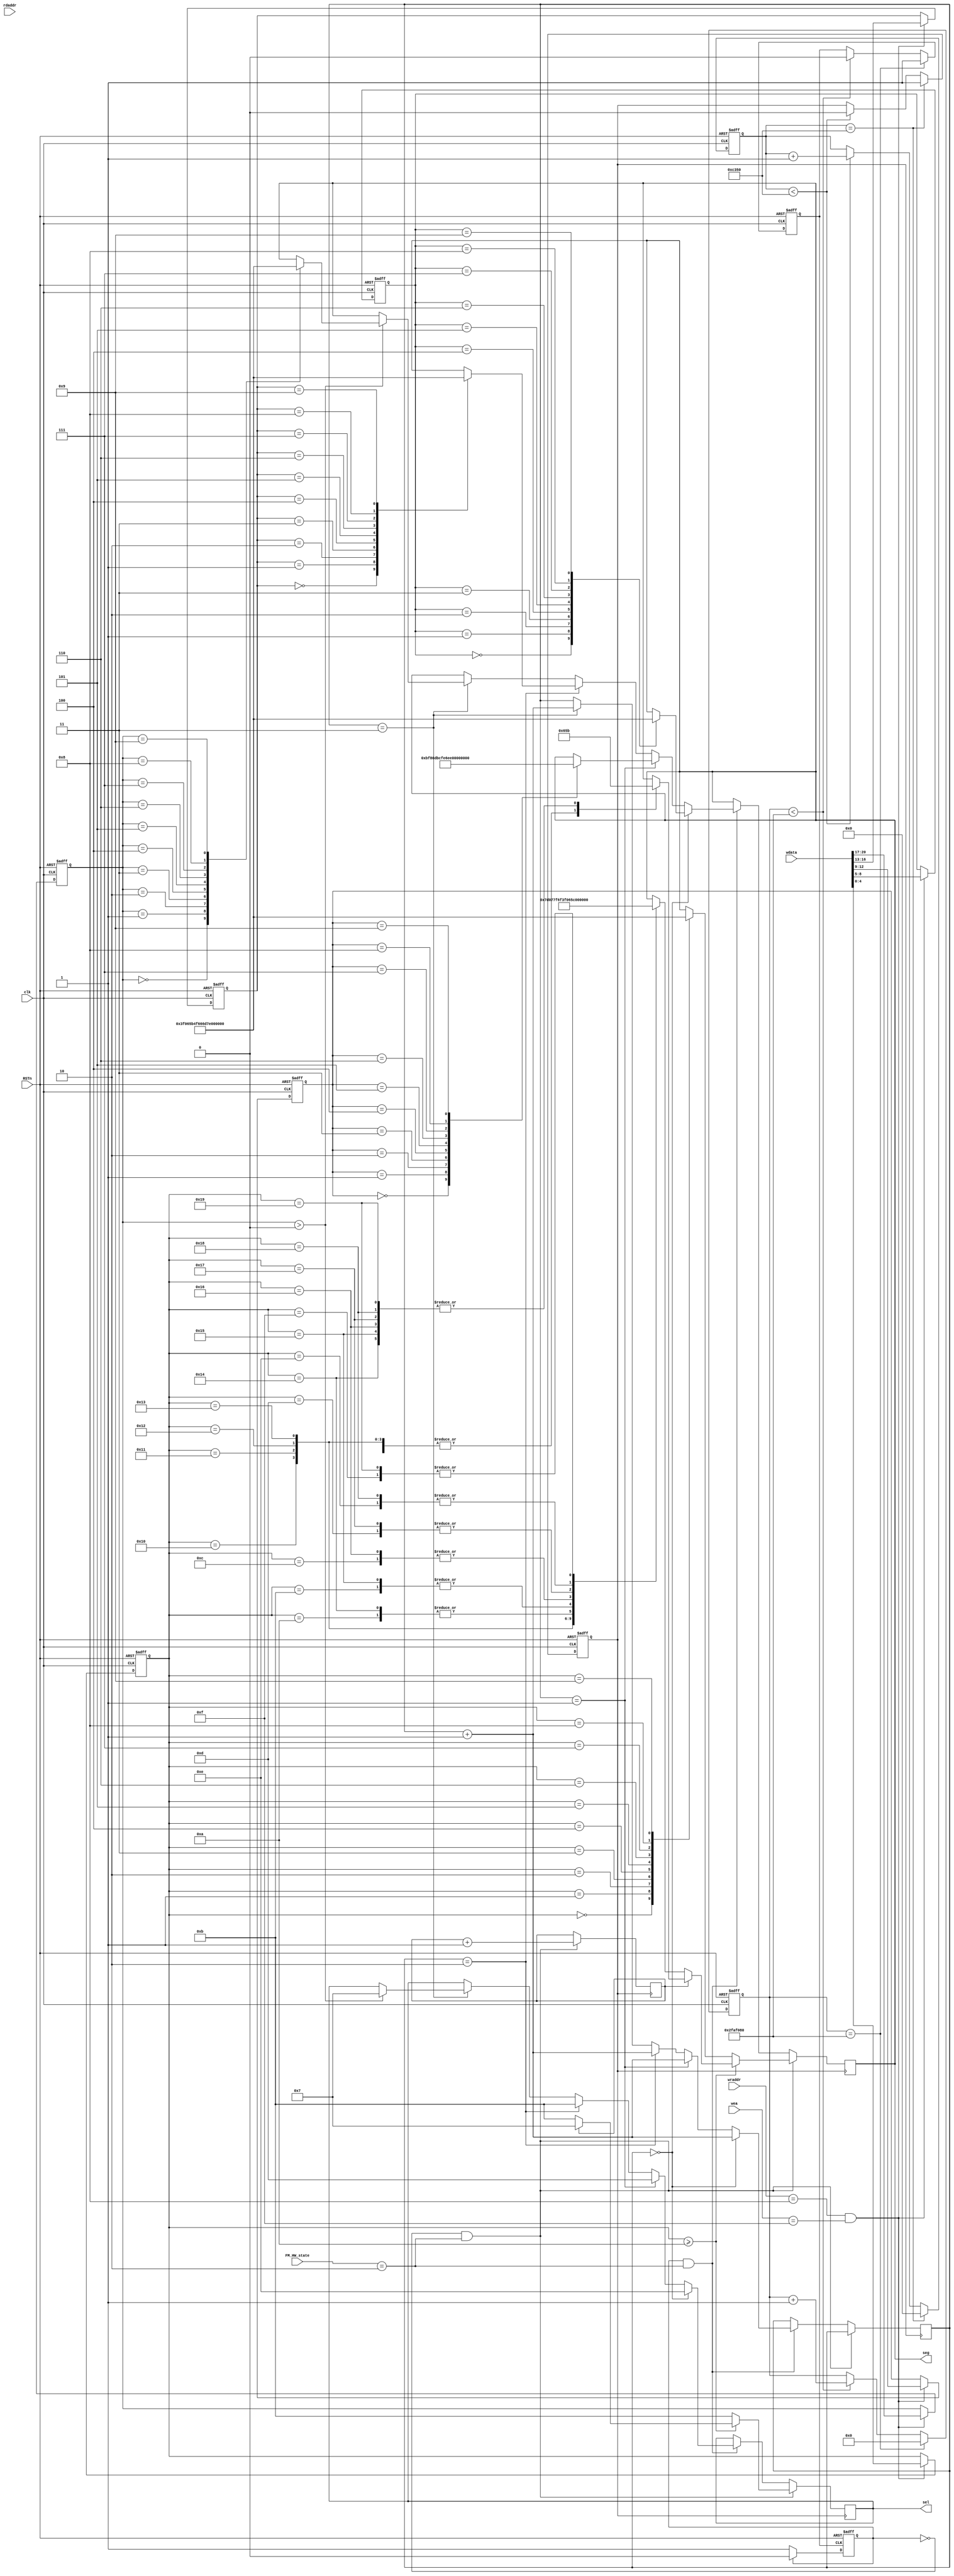
`timescale 1 ns/ 1 ps

module FM_Display#(
    parameter FM_ADDR_WIDTH = 6
  )(
    input clk,
    input RSTn,
    input [FM_ADDR_WIDTH-1:0] wraddr,
    input [FM_ADDR_WIDTH-1:0] rdaddr,
    input [31:0] wdata,
    input [3:0] wea,
    input [3:0] FM_HW_state,
    output reg [7:0] seg,
    output reg [3:0] sel
  );



  reg [25:0] conter;
  reg clk_1Hz;
  reg [4:0] channel_NO=4'b0;
  reg [3:0] frac_digit=4'b0;
  reg [3:0] single_digit=4'b0;
  reg [3:0] percentage_digit=4'b0;
  reg [3:0] thousand_digit=4'b0;
  localparam FM_HW_STATE_RCEV = 4'b0010;

  //get the display data
  always@(posedge clk or negedge RSTn )
  begin
    if (!RSTn)
    begin
      channel_NO<=4'b0;
      frac_digit<=4'b0;
      single_digit<=4'b0;
      percentage_digit<=4'b0;
      thousand_digit<=4'b0;
    end
    else if((wraddr==15'h008)&&(wea==4'hf))
    begin
      channel_NO<=wdata[4:0];
      frac_digit<=wdata[8:5];
      single_digit<=wdata[12:9];
      percentage_digit<=wdata[16:13];
      thousand_digit<=wdata[20:17];
    end
  end

  //generate a 1HZ clk
  always@(posedge clk or negedge RSTn )
  begin
    if (!RSTn)
    begin
      conter <=26'b0;
      clk_1Hz  <=1'b0;
    end
    else if (conter==26'h2faf080)
    begin
      //      else if(conter==26'h3f) begin
      clk_1Hz <=1'b1;
      conter <=26'b0;
    end
    else if(conter < 26'h2faf080)
    begin
      //      else if(conter < 26'h3f) begin
      conter <=conter+1'b1;
      clk_1Hz <= 1'b0;
    end
  end

  reg [15:0] counter_1Khz;
  reg clk_1KHz;
  //generate a 1KHZ clk
  always@(posedge clk or negedge RSTn )
  begin
    if (!RSTn)
    begin
      counter_1Khz <=16'b0;
      clk_1KHz  <=1'b0;
    end
    else if (counter_1Khz==16'hc350)
    begin
      //      else if(counter_1Khz==16'h0f) begin
      clk_1KHz <=1'b1;
      counter_1Khz <=16'b0;
    end
    else if(counter_1Khz < 16'hc350)
    begin
      //      else if(counter_1Khz < 16'h0f) begin
      counter_1Khz <=counter_1Khz+1'b1;
      clk_1KHz <= 1'b0;
    end
  end



  reg ChannelNO_or_FREQ;

  always@(posedge clk_1Hz or negedge RSTn )
  begin
    if (!RSTn)
      ChannelNO_or_FREQ <= 1'b0;
    else if (ChannelNO_or_FREQ == 1'b1)
      ChannelNO_or_FREQ <= 1'b0;
    else
      ChannelNO_or_FREQ <= 3'b1;
  end

  reg ctrl_channel_NO = 1'b0;
  reg [1:0] ctrl_freq = 2'b0;

  always@(posedge clk_1KHz)
  begin
    if ((ChannelNO_or_FREQ==1'b0)&&(FM_HW_state==FM_HW_STATE_RCEV))
    begin  // display channel no
      if (channel_NO>=5'ha)
      begin
        if(ctrl_channel_NO==1'b0)
        begin
          sel <= 4'b1011;
          case(channel_NO)
            5'ha :
              seg <= 8'h3f;
            5'hb :
              seg <= 8'h06;
            5'hc :
              seg <= 8'h5b;
            5'hd :
              seg <= 8'h4f;
            5'he :
              seg <= 8'h66;
            5'hf :
              seg <= 8'h6d;
            5'h10 :
              seg <= 8'h7d;
            5'h11 :
              seg <= 8'h07;
            5'h12 :
              seg <= 8'h7f;
            5'h13 :
              seg <= 8'h6f;

            5'h14 :
              seg <= 8'h3f;
            5'h15 :
              seg <= 8'h06;
            5'h16 :
              seg <= 8'h5b;
            5'h17 :
              seg <= 8'h4f;
            5'h18 :
              seg <= 8'h66;
            5'h19 :
              seg <= 8'h6d;
          endcase
          ctrl_channel_NO<=ctrl_channel_NO+1'b1;
        end
        else
        begin
          sel <= 4'b0111;

          case(channel_NO)
            5'ha :
              seg <= 8'h06;
            5'hb :
              seg <= 8'h06;
            5'hc :
              seg <= 8'h06;
            5'hd :
              seg <= 8'h06;
            5'he :
              seg <= 8'h06;
            5'hf :
              seg <= 8'h06;
            5'h10 :
              seg <= 8'h06;
            5'h11 :
              seg <= 8'h06;
            5'h12 :
              seg <= 8'h06;
            5'h13 :
              seg <= 8'h06;

            5'h14 :
              seg <= 8'h5b;
            5'h15 :
              seg <= 8'h5b;
            5'h16 :
              seg <= 8'h5b;
            5'h17 :
              seg <= 8'h5b;
            5'h18 :
              seg <= 8'h5b;
            5'h19 :
              seg <= 8'h5b;
          endcase
          ctrl_channel_NO<=ctrl_channel_NO+1'b1;
        end
      end
      else
      begin
        sel <= 4'b1011;
        case(channel_NO)
          5'h0 :
            seg <= 8'h3f;
          5'h1 :
            seg <= 8'h06;
          5'h2 :
            seg <= 8'h5b;
          5'h3 :
            seg <= 8'h4f;
          5'h4 :
            seg <= 8'h66;
          5'h5 :
            seg <= 8'h6d;
          5'h6 :
            seg <= 8'h7d;
          5'h7 :
            seg <= 8'h07;
          5'h8 :
            seg <= 8'h7f;
          5'h9 :
            seg <= 8'h6f;
        endcase
        ctrl_channel_NO<=ctrl_channel_NO+1'b1;
      end
    end
    else if ((ChannelNO_or_FREQ==1'b1)&&(FM_HW_state==FM_HW_STATE_RCEV))
    begin // display freq
      if(ctrl_freq==2'b00)
      begin  //display frac digital number
        sel <= 4'b1110;
        case(frac_digit)
          4'h0 :
            seg <= 8'h3f;
          4'h1 :
            seg <= 8'h06;
          4'h2 :
            seg <= 8'h5b;
          4'h3 :
            seg <= 8'h4f;
          4'h4 :
            seg <= 8'h66;
          4'h5 :
            seg <= 8'h6d;
          4'h6 :
            seg <= 8'h7d;
          4'h7 :
            seg <= 8'h07;
          4'h8 :
            seg <= 8'h7f;
          4'h9 :
            seg <= 8'h6f;
        endcase
        ctrl_freq<=ctrl_freq+1'b1;
      end
      else if(ctrl_freq==2'b01)
      begin  //dispplay single digital number
        sel <= 4'b1101;
        case(single_digit)
          4'h0 :
            seg <= (8'h3f+8'h80);
          4'h1 :
            seg <= (8'h06+8'h80);
          4'h2 :
            seg <= (8'h5b+8'h80);
          4'h3 :
            seg <= (8'h4f+8'h80);
          4'h4 :
            seg <= (8'h66+8'h80);
          4'h5 :
            seg <= (8'h6d+8'h80);
          4'h6 :
            seg <= (8'h7d+8'h80);
          4'h7 :
            seg <= (8'h07+8'h80);
          4'h8 :
            seg <= (8'h7f+8'h80);
          4'h9 :
            seg <= (8'h6f+8'h80);
        endcase
        ctrl_freq<=ctrl_freq+1'b1;
      end
      else if(ctrl_freq==2'b10)
      begin  //dispplay percentage digital number
        sel <= 4'b1011;
        case(percentage_digit)
          4'h0 :
            seg <= 8'h3f;
          4'h1 :
            seg <= 8'h06;
          4'h2 :
            seg <= 8'h5b;
          4'h3 :
            seg <= 8'h4f;
          4'h4 :
            seg <= 8'h66;
          4'h5 :
            seg <= 8'h6d;
          4'h6 :
            seg <= 8'h7d;
          4'h7 :
            seg <= 8'h07;
          4'h8 :
            seg <= 8'h7f;
          4'h9 :
            seg <= 8'h6f;
        endcase
        ctrl_freq<=ctrl_freq+1'b1;
      end
      else if(ctrl_freq==2'b11)
      begin  //dispplay thousanddigital number
        if(thousand_digit>4'b0)
        begin
          sel <= 4'b0111;
          case(thousand_digit)
            4'h0 :
              seg <= 8'h3f;
            4'h1 :
              seg <= 8'h06;
            4'h2 :
              seg <= 8'h5b;
            4'h3 :
              seg <= 8'h4f;
            4'h4 :
              seg <= 8'h66;
            4'h5 :
              seg <= 8'h6d;
            4'h6 :
              seg <= 8'h7d;
            4'h7 :
              seg <= 8'h07;
            4'h8 :
              seg <= 8'h7f;
            4'h9 :
              seg <= 8'h6f;
          endcase
        end
        ctrl_freq<=ctrl_freq+1'b1;
      end
    end
  end

endmodule